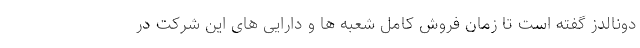
دونالدز گفته است تا زمان فروش کامل شعبه ها و دارایی های این شرکت در